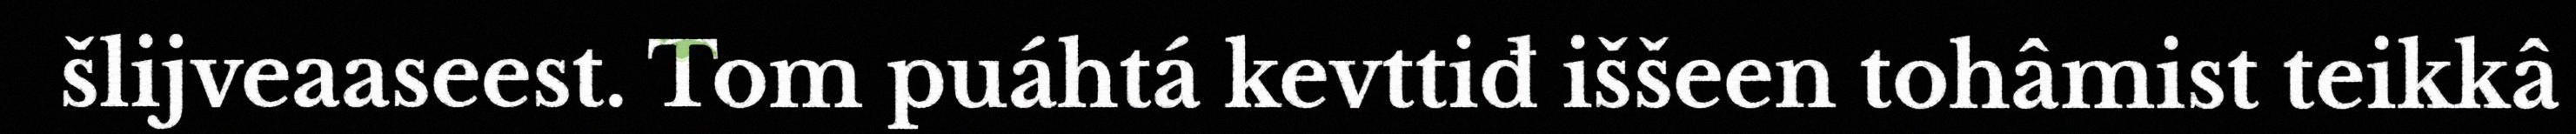
šlijveaaseest. Tom puáhtá kevttiđ iššeen tohâmist teikkâ